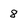
Character: 8